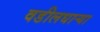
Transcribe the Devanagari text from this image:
वडीलधार्‍या